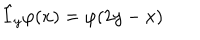
\hat { I } _ { y } \varphi ( x ) = \varphi ( 2 y - x )